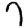
Digit: 7